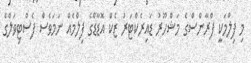
މި ފިލްމަކީ ފްރާންސްގެ މަޝްހޫރު ޑައިރެކްޓަރު ޒެކް އޮޑާޑްގެ ފިލްމެއް ނަމަވެސް ފެސްޓިވަލްގެ